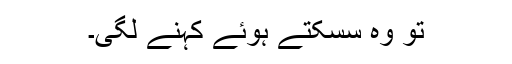
تو وہ سسکتے ہوئے کہنے لگی۔